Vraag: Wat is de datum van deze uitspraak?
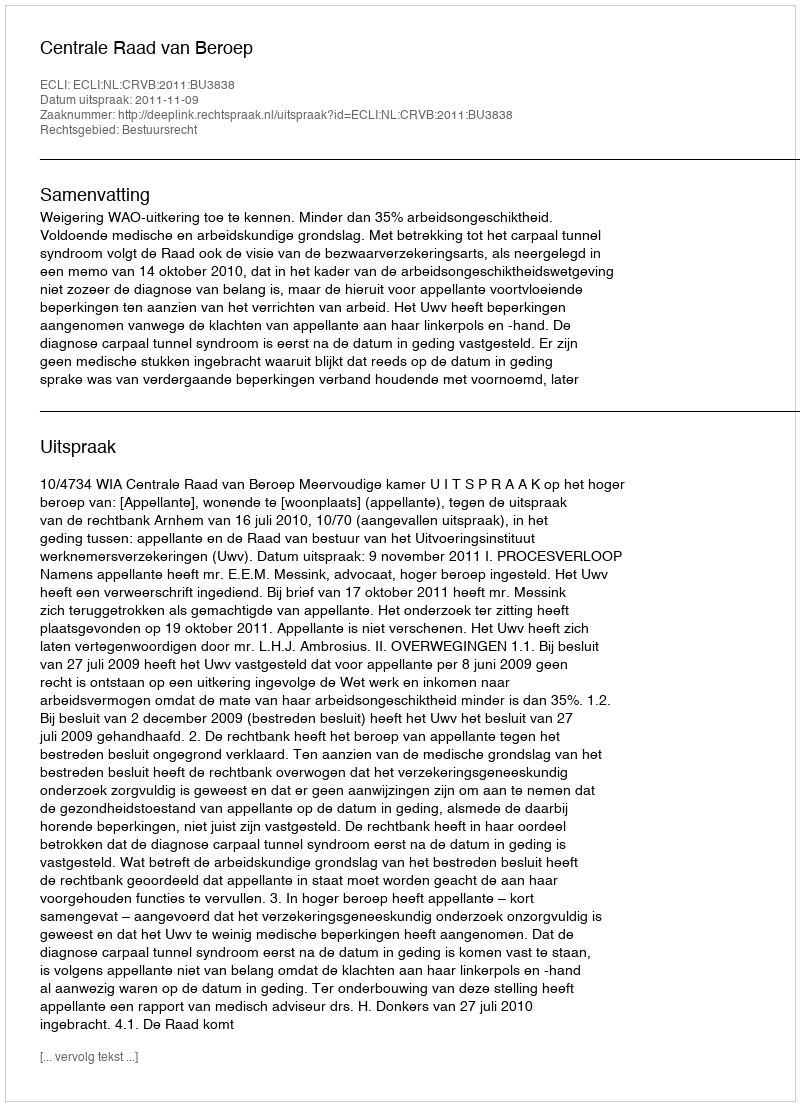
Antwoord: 2011-11-09